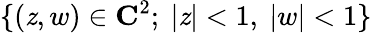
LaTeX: \{ (\mathit{z},w)\in\mathbf{{C}}^{2};~|\mathit{z}|<1,~|w|<1\}